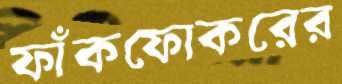
ফাঁকফোকরের